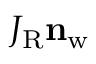
J _ { \mathrm { R } } \mathbf { n } _ { \mathrm { w } }